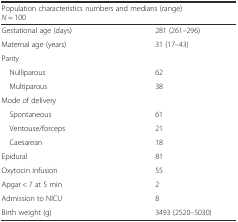
<table><thead><tr><td colspan="2"><b>Population characteristics numbers and medians (range)<i>N</i> = 100</b></td></tr></thead><tbody><tr><td>Gestational age (days)</td><td>281 (261–296)</td></tr><tr><td>Maternal age (years)</td><td>31 (17–43)</td></tr><tr><td colspan="2">Parity</td></tr><tr><td> Nulliparous</td><td>62</td></tr><tr><td> Multiparous</td><td>38</td></tr><tr><td colspan="2">Mode of delivery</td></tr><tr><td> Spontaneous</td><td>61</td></tr><tr><td> Ventouse/forceps</td><td>21</td></tr><tr><td> Caesarean</td><td>18</td></tr><tr><td>Epidural</td><td>81</td></tr><tr><td>Oxytocin infusion</td><td>55</td></tr><tr><td>Apgar &lt; 7 at 5 min</td><td>2</td></tr><tr><td>Admission to NICU</td><td>8</td></tr><tr><td>Birth weight (g)</td><td>3493 (2520–5030)</td></tr></tbody></table>